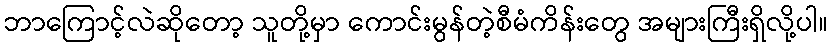
ဘာကြောင့်လဲဆိုတော့ သူတို့မှာ ကောင်းမွန်တဲ့စီမံကိန်းတွေ အများကြီးရှိလို့ပါ။